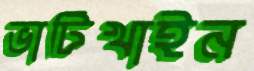
ভাটিখাইন